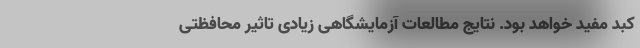
کبد مفید خواهد بود. نتایج مطالعات آزمایشگاهی زیادی تاثیر محافظتی